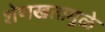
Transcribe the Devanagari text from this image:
शेणखतामुळे